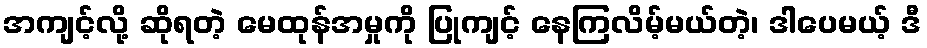
အကျင့်လို့ ဆိုရတဲ့ မေထုန်အမှုကို ပြုကျင့် နေကြလိမ့်မယ်တဲ့၊ ဒါပေမယ့် ဒီ